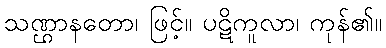
သဏ္ဌာနတော၊ ဖြင့်။ ပဋိကူလာ၊ ကုန်၏။